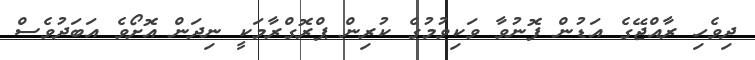
ދިވެހި ރާއްޖޭގެ އަޑުން ފޮނުވާ ވަކިވުމުގެ ކުރިން ޕްރޮގްރާމަކީ ނިދަން އޮށޯވެ އަބަދުވެސް